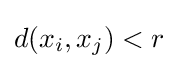
d(x_{i},x_{j})<r